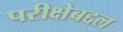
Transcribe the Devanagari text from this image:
परीक्षेबद्दल